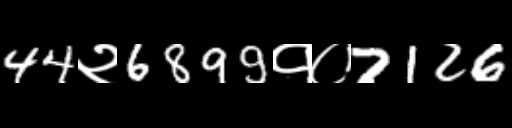
Text: 44२6899१०7126